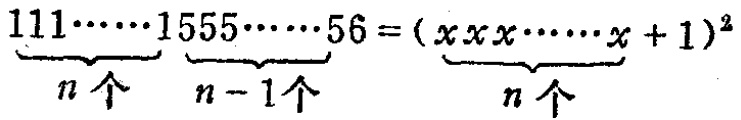
\(\underbrace{111\cdots\cdots1}_{n个}\underbrace{555\cdots\cdots5}_{n - 1个}6 = (\underbrace{xxx\cdots\cdots x}_{n个}+1)^2\)